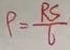
\rho = \frac { R s } { 6 }